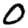
Digit: 0